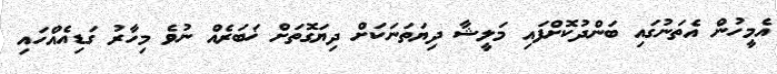
އެމީހުން އެތަނުގައި ބަންދުކޮށްފައި މަލީޝާ ދިޔަތަނަކަށް ދިޔަގޮތަށް ޚަބަރެއް ނުވެ މިހާރު ގަޑިއެއްހައި